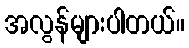
အလွန်များပါတယ်။